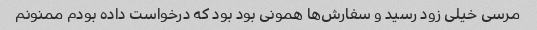
مرسی خیلی زود رسید و سفارش‌ها همونی بود بود که درخواست داده بودم ممنونم